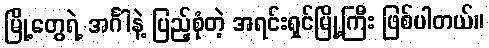
မြို့တွေရဲ့ အင်္ဂါနဲ့ ပြည့်စုံတဲ့ အရင်းရှင်မြို့ကြီး ဖြစ်ပါတယ်။